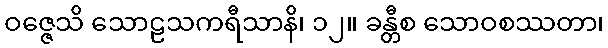
ဝဇ္ဇေသိ သောဠသကရီသာနိ၊ ၁၂။ ခန္တီစ သောဝစဿတာ၊